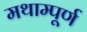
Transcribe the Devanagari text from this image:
मथाम्पूर्ण